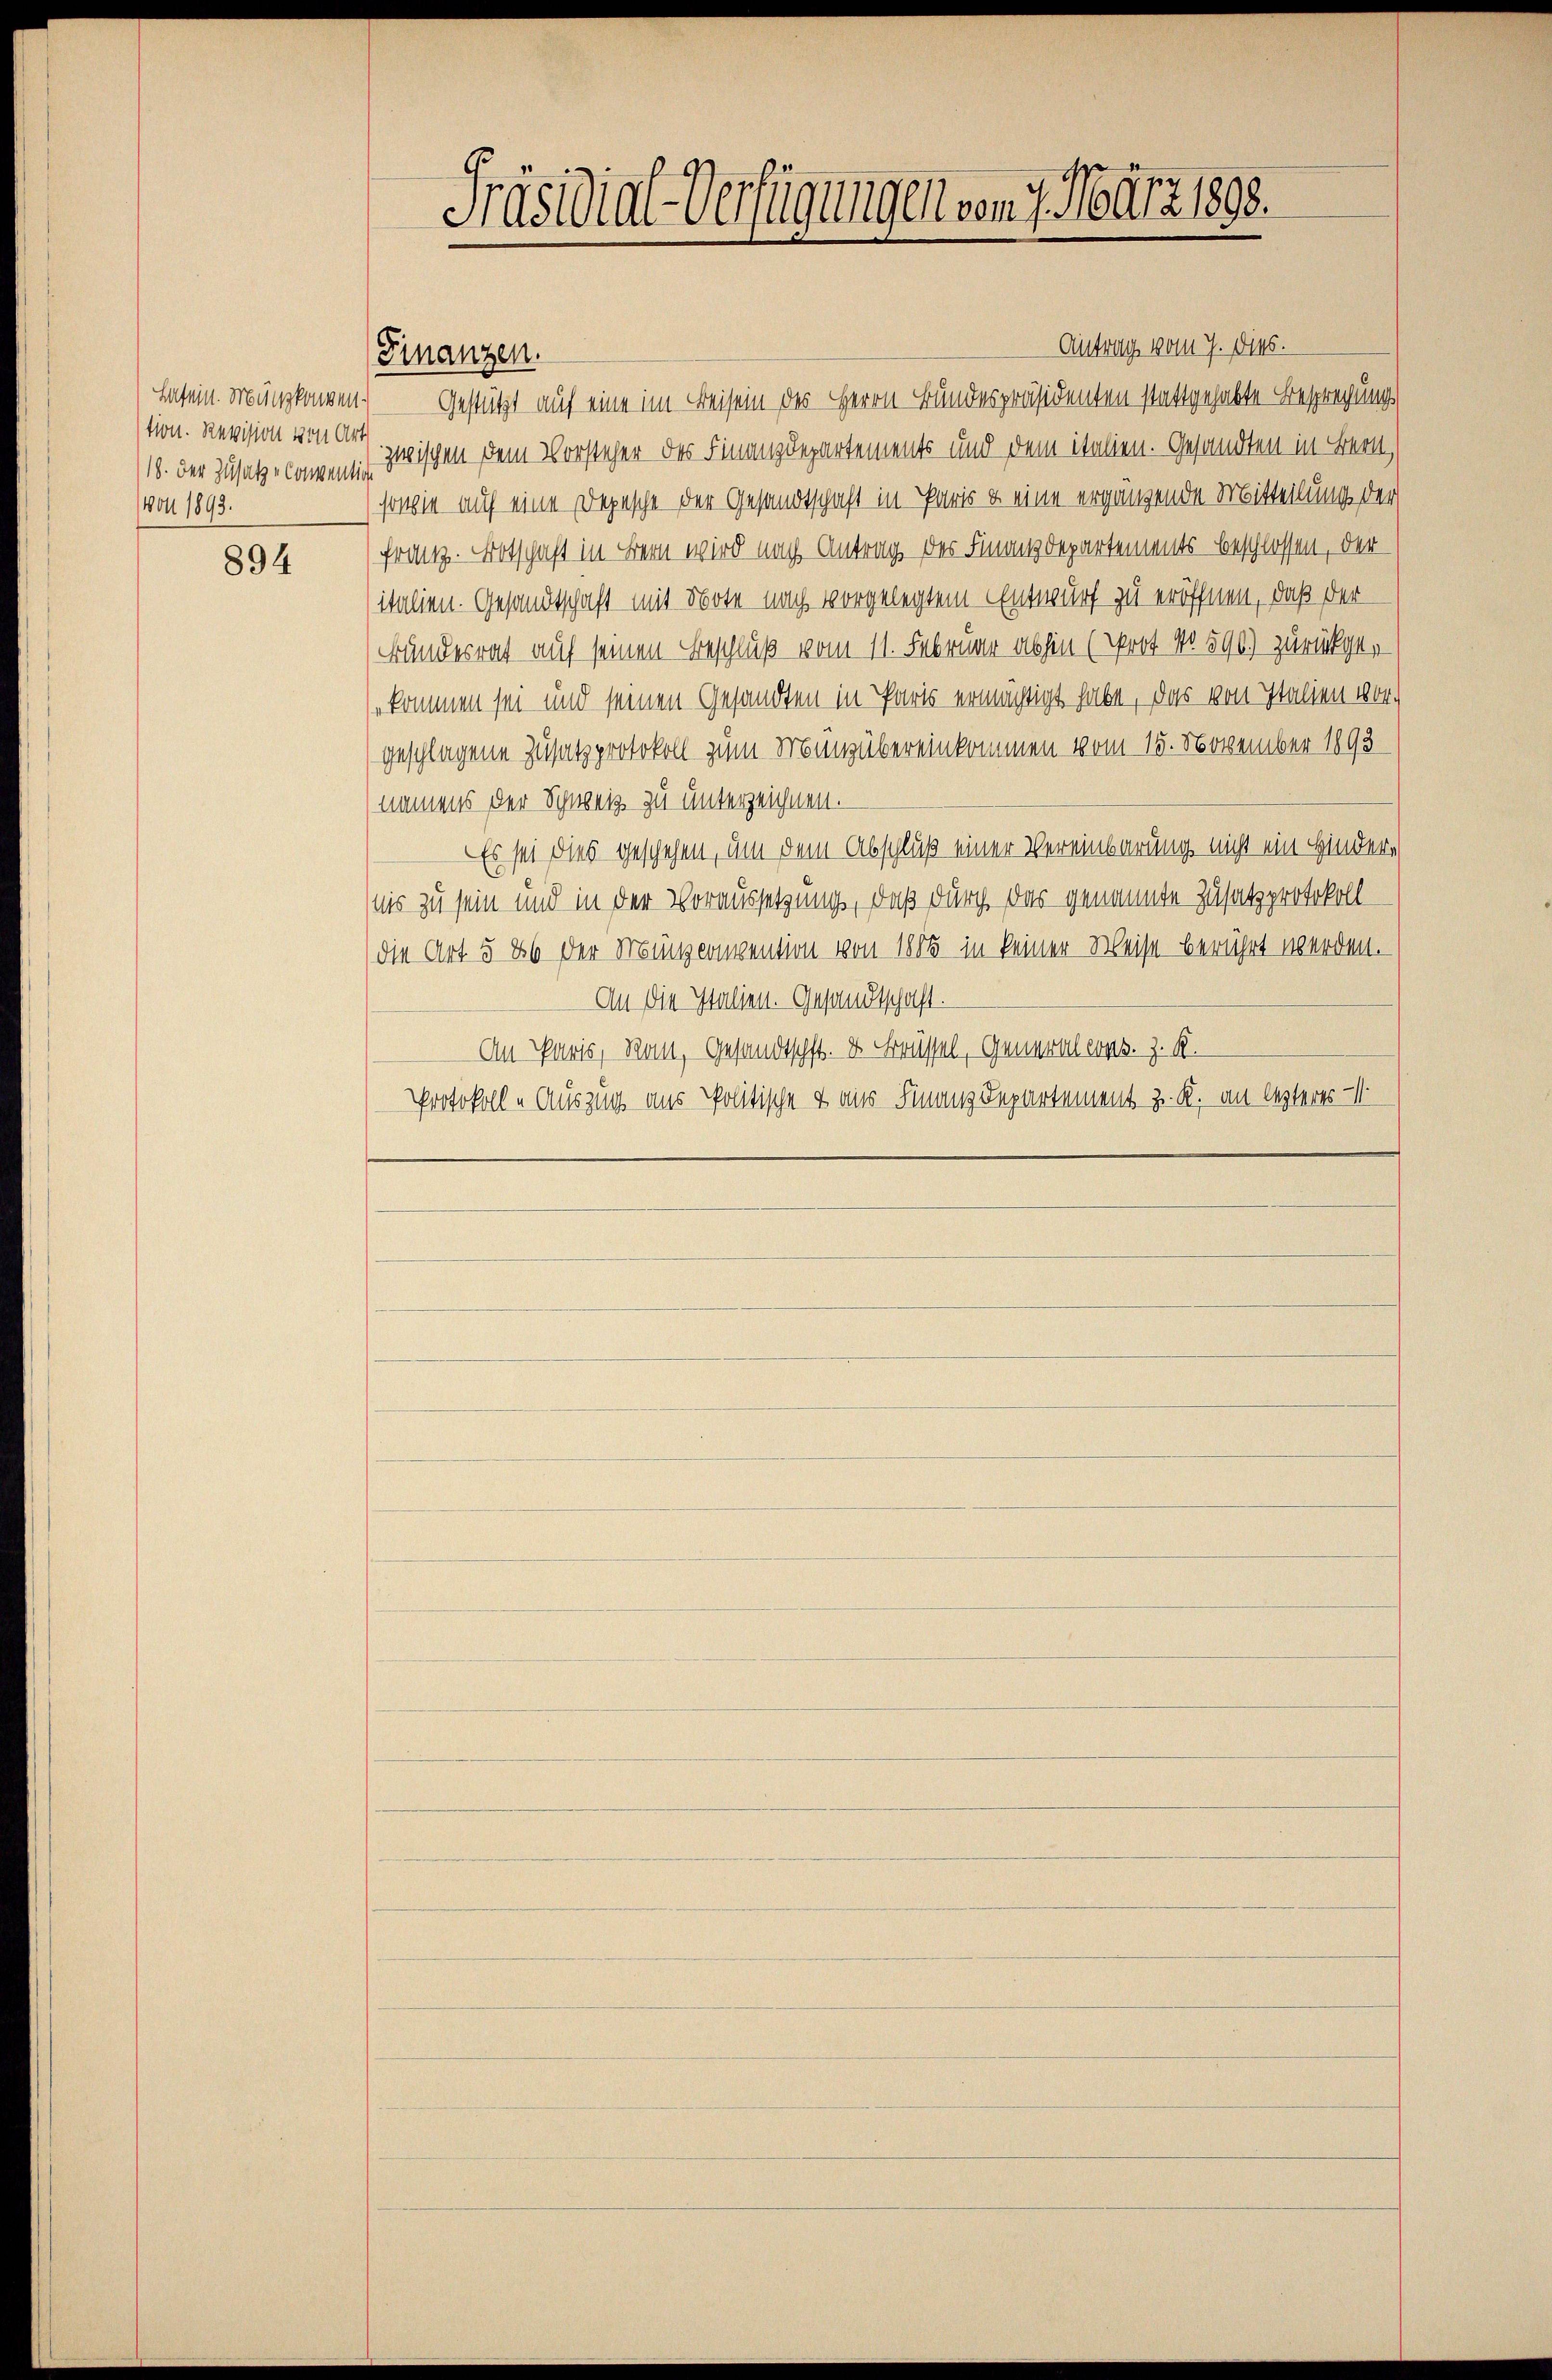
18. der Zusatze Convention
1401 1893.

894

Finanzen.

Präsidial-Verfügungen von 7. März 1898.

Antrag vom 7. Dies.
hasein Freungkonven. Gestützt auf eine im Kreisein des Herrn Bundespräsidenten stattgehabte Besprechungs
tion. Revision ein zwischen dem Vorsteher des Finanzdepartements und dem italien. Gesandten in Bern,
sowie auf eine Depesche der Gesandtschaft in Paris u. eine ergänzende Mitteilung der
franz. Botschaft in Bern wird nach Antrag des Finanzdepartements beschlossen, der
Italien. Gesandtschaft mit Note nach vorgelegtem Entwurf zu eröffnen, daß der
Bundesrat auf seinen Beschluß vom 11. Februar abhin (Prot. No 590) zurückgekommen sei und seinen Gesandten in Parts ermächtigt habe, das von Italien vorgeschlagene Zusatzprotokoll zum Münzübereinkommen vom 15. November 1892
namens der Schweiz zu unterzeichnen.
Es sei dies geschehen, um dem Abschluß einer Vereinbarung nicht ein Hindernis zu sein und in der Voraussetzung, daß durch das genannte Zusatzprotokoll
die Art § 86 der Munzcompention von 1885 in keiner Weise berührt werden.
An die Italien. Gesandtschaft.
An Paris, Rau, Gesandtschft. & Brüssel, Generalers. z. B.
Protokoll „Auszug aus Politische & aus Finanzdepartement z. R. an lezteres 1